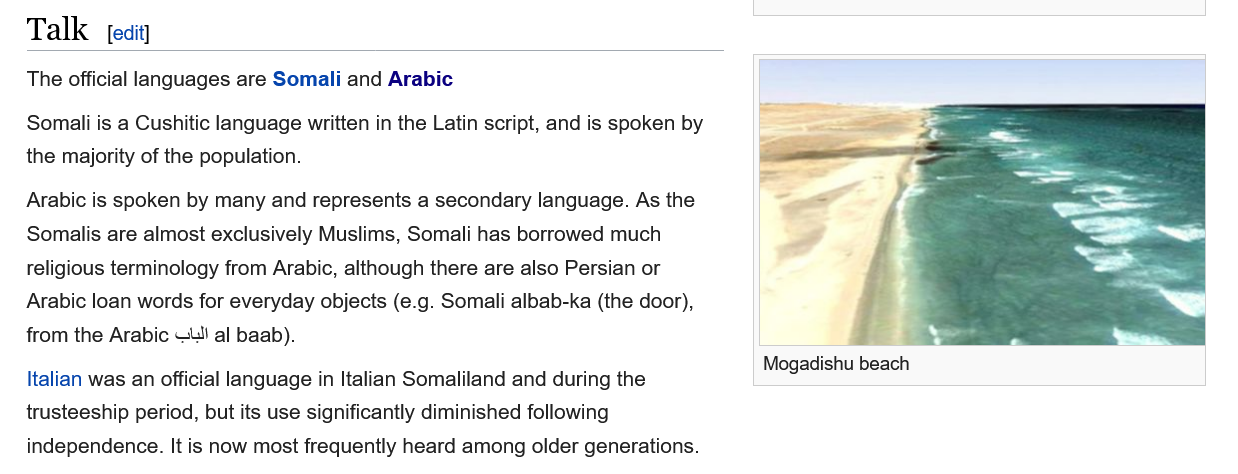
The official languages are Somali and Arabic
   Somali is a Cushitic language written in the Latin script, and is spoken by
   the majority of the population.
   Arabic is spoken by many and represents a secondary language. As the
   Somalis are almost exclusively Muslims, Somali has borrowed much
   religious terminology from Arabic, although there are also Persian or
   Arabic loan words for everyday objects (e.g. Somali albab-ka (the door),
   from the Arabic =) al baab).
   Italian was an official language in Italian Somaliland and during the
   trusteeship period, but its use significantly diminished following
   independence. It is now most frequently heard among older generations.
     Mogadishu beach
     [edit]